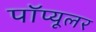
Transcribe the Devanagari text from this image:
पॉप्यूलर